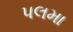
પલમા